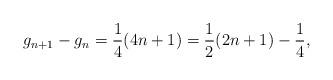
LaTeX: \begin{align*} g_{n+1} - g_n = \displaystyle\frac{1}{4}(4n+1) = \displaystyle\frac{1}{2}(2n+1) - \displaystyle\frac{1}{4}, \end{align*}